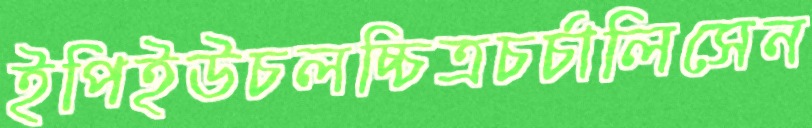
ইপিইউচলচ্চিত্রচর্চালিসেন